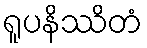
ရူပနိဿိတံ